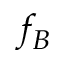
f _ { B }